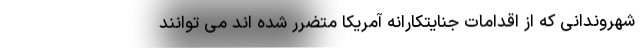
شهروندانی که از اقدامات جنایتکارانه آمریکا متضرر شده اند می توانند